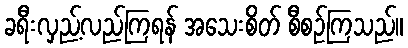
ခရီးလှည့်လည်ကြရန် အသေးစိတ် စီစဉ်ကြသည်။